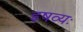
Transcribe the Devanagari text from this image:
इषव्यः